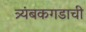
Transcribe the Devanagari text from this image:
त्र्यंबकगडाची